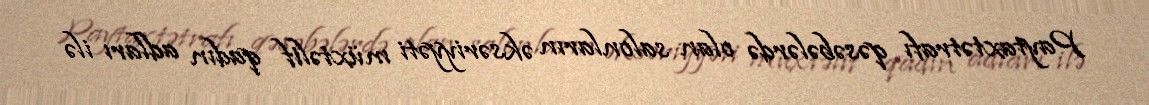
Paytaxtətrafı qəsəbələrdə olan salonların əksəriyyəti müxtəlif qadın adları ilə